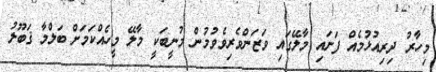
މިހާރު ދިރިއުޅުމެއް ފަށައި މާލޭގައި ވަޒަންވެރިވެވުމުން މުނީބަކީ މާލޭ މީހެއްކަމަށް ބަލްމާ ޤަބޫލު